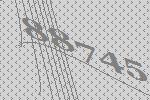
88745